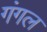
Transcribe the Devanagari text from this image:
गंगल